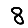
Digit: 8